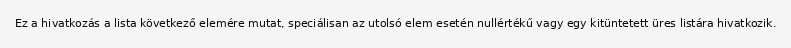
Ez a hivatkozás a lista következő elemére mutat, speciálisan az utolsó elem esetén nullértékű vagy egy kitüntetett üres listára hivatkozik.